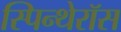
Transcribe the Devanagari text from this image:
स्पिन्थेरॉस